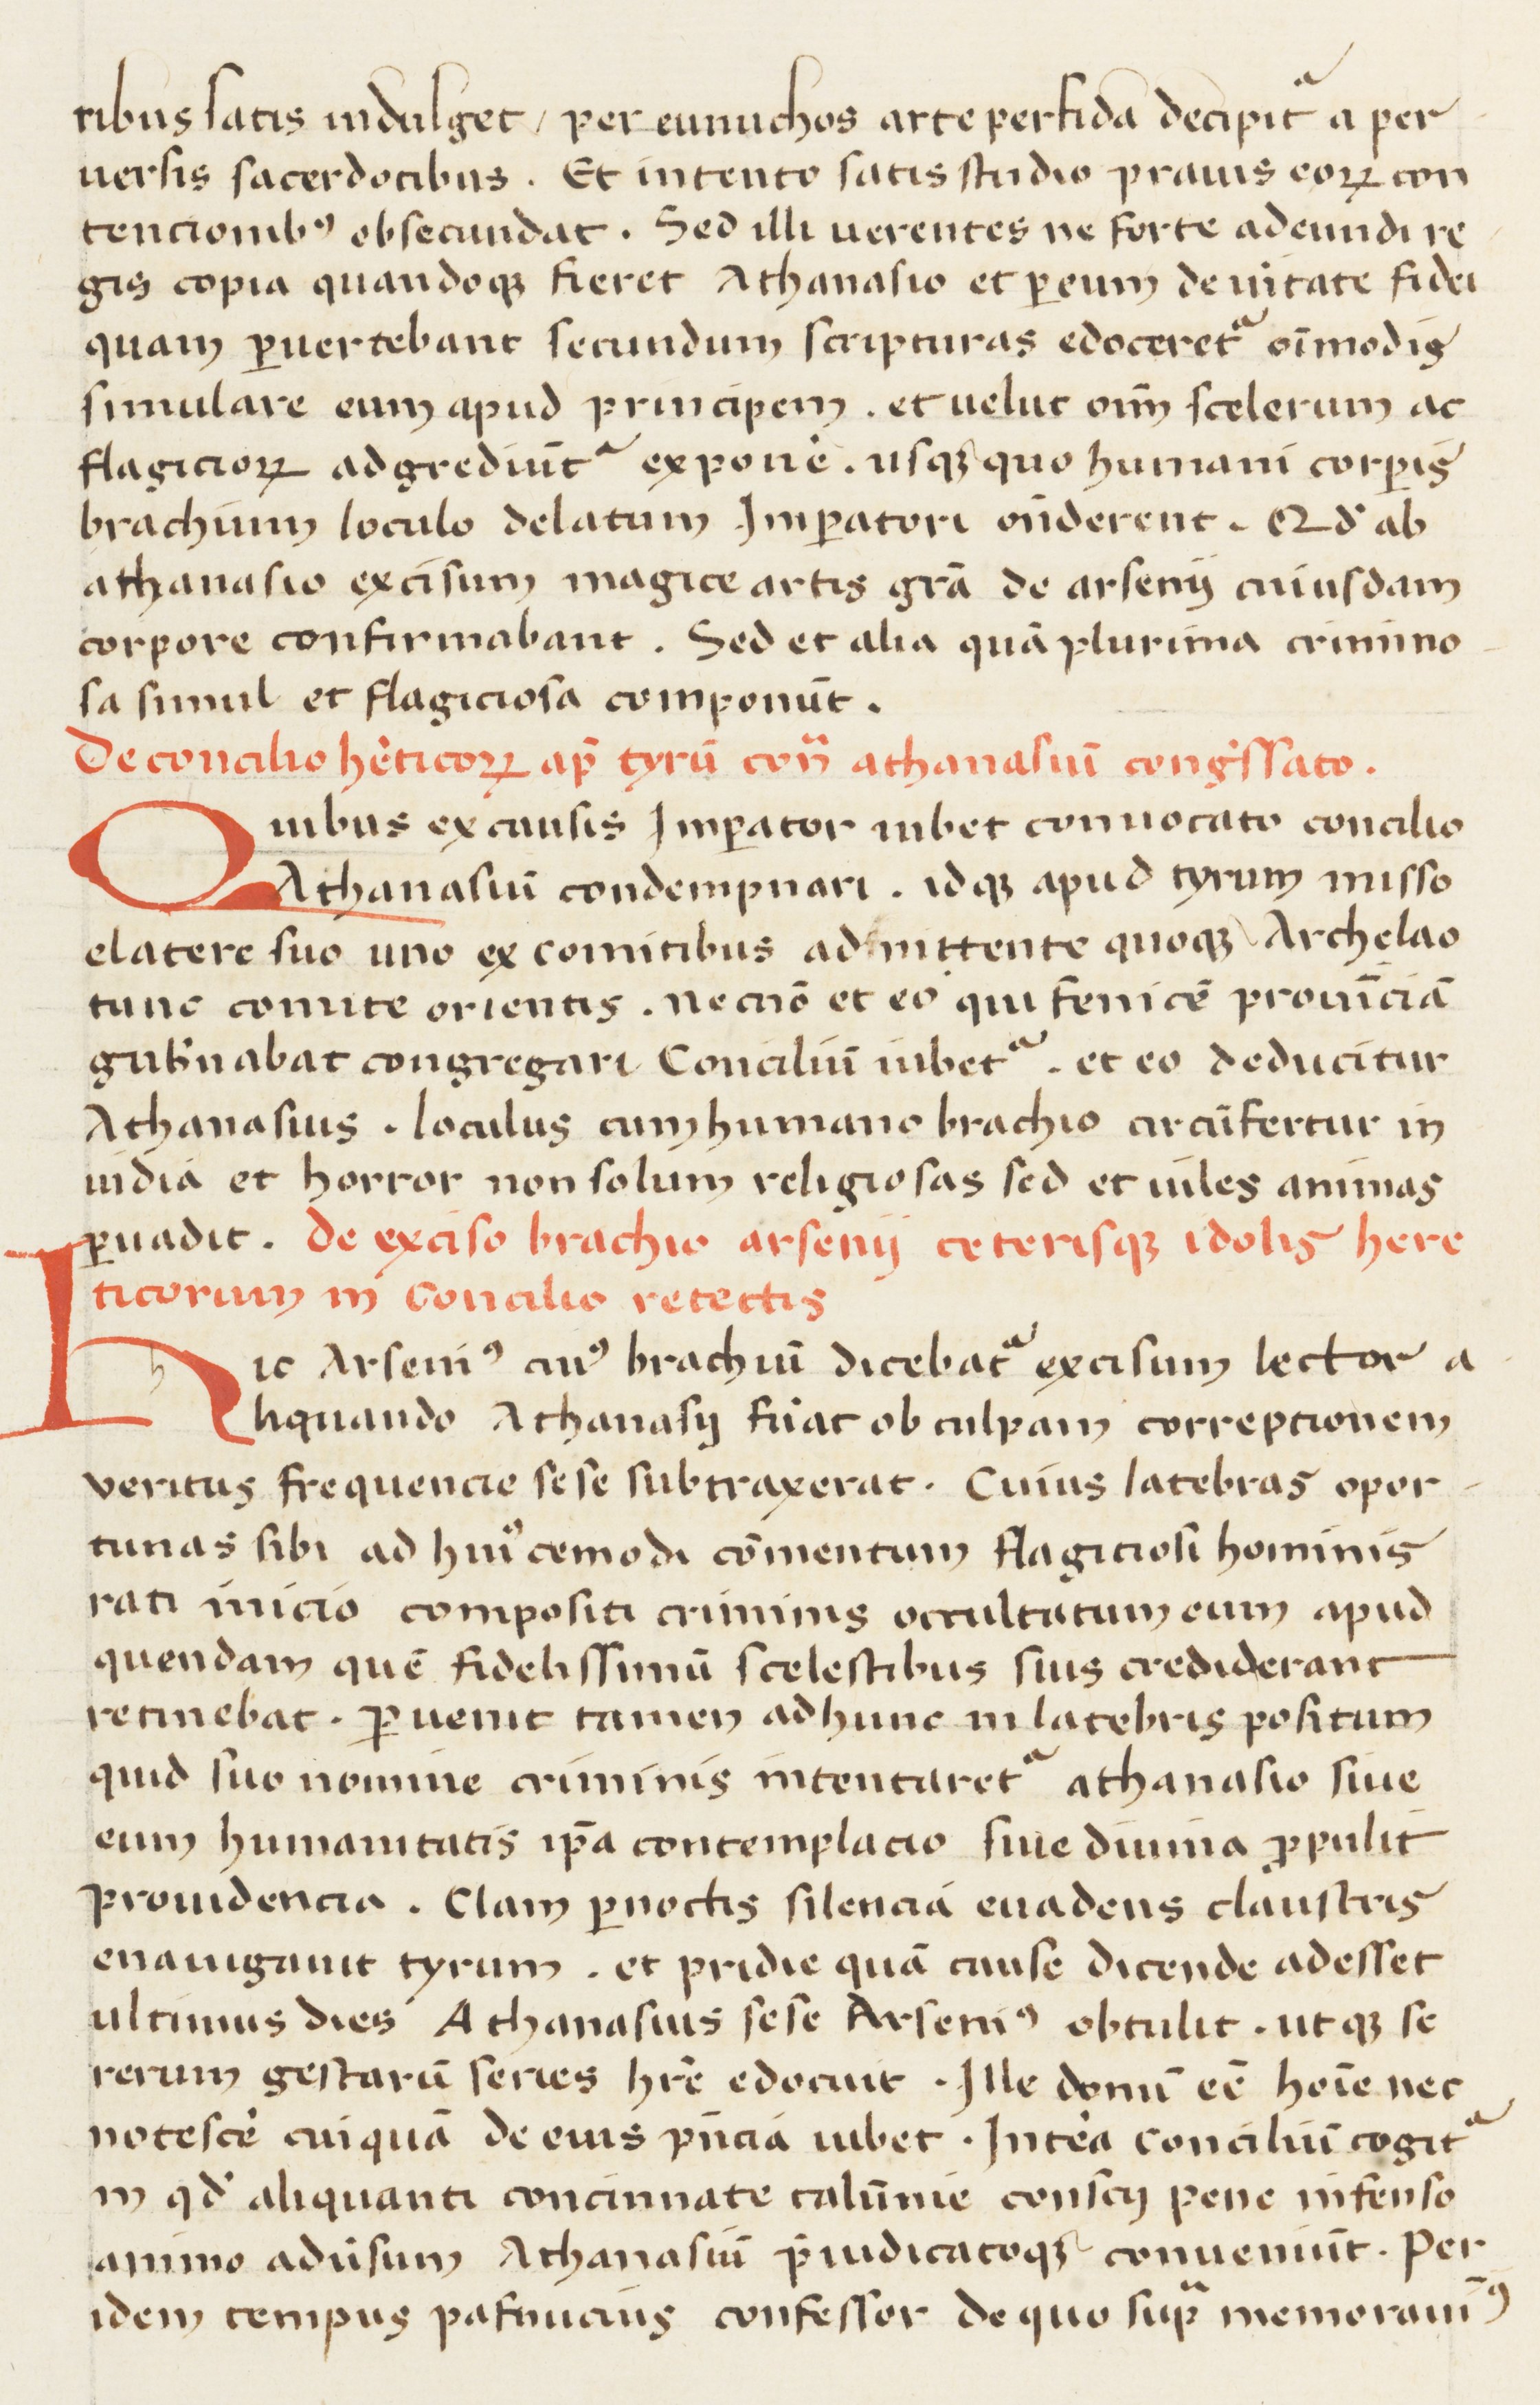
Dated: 1400–1599